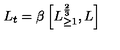
L _ { t } = \beta \left[ L _ { \geq 1 } ^ { \frac { 2 } { 3 } } , L \right]